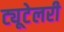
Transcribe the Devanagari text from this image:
ट्यूटेलरी